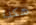
هكذا